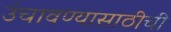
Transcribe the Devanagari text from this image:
उंचावण्यासाठीची